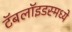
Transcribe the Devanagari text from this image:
टॅबलॉइडस्मध्ये